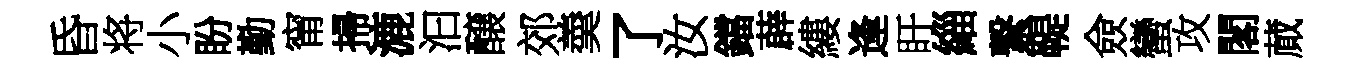
昏将小盼勤甯掃漉汩醸郊羮了汝鐺薜縷逢盱緇繋鞮僉蠻攻閣蕆